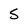
Character: S